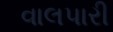
વાલપારી